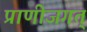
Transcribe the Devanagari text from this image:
प्राणीजगत्